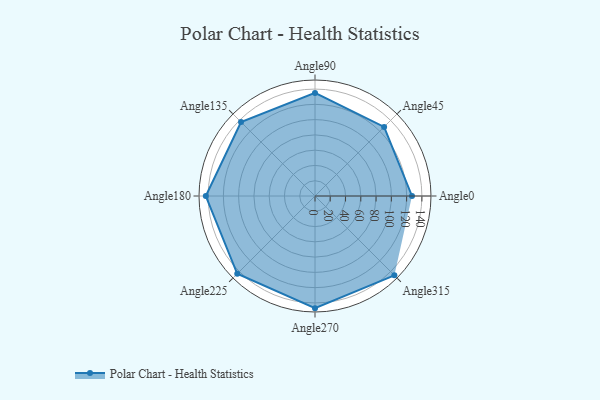
{"axis": {"x": "Angle", "y": "Radius"}, "legend": [""], "data": [{"x": "Angle0", "y": 127.0, "type": ""}, {"x": "Angle45", "y": 128.0, "type": ""}, {"x": "Angle90", "y": 135.0, "type": ""}, {"x": "Angle135", "y": 137.0, "type": ""}, {"x": "Angle180", "y": 143.0, "type": ""}, {"x": "Angle225", "y": 144.0, "type": ""}, {"x": "Angle270", "y": 147.0, "type": ""}, {"x": "Angle315", "y": 147.0, "type": ""}]}